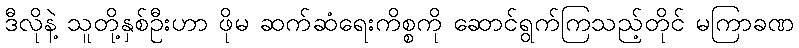
ဒီလိုနဲ့ သူတို့နှစ်ဦးဟာ ဖိုမ ဆက်ဆံရေးကိစ္စကို ဆောင်ရွက်ကြသည့်တိုင် မကြာခဏ